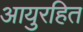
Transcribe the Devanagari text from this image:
आयुरहित